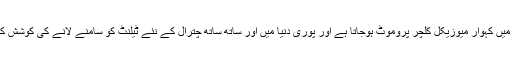
اس پروگرام میں کہوار میوزیکل کلچر پروموٹ ہوجاتا ہے اور پوری دنیا میں اور ساتھ ساتھ چترال کے نئے ٹیلنٹ کو سامنے لانے کی کوشش کیا جارہا ہے۔